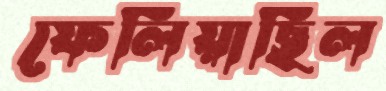
ফেলিয়াছিল